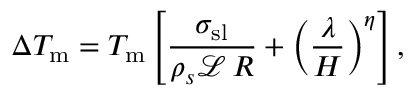
\Delta T _ { \mathrm { m } } = T _ { \mathrm { m } } \left[ \frac { \sigma _ { \mathrm { s l } } } { \rho _ { s } \mathcal { L } \, R } + \left( \frac { \lambda } { H } \right) ^ { \eta } \right] ,